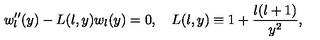
w _ { l } ^ { \prime \prime } ( y ) - L ( l , y ) w _ { l } ( y ) = 0 , \quad L ( l , y ) \equiv 1 + \frac { l ( l + 1 ) } { y ^ { 2 } } ,